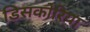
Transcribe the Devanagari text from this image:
डिसकोरिया